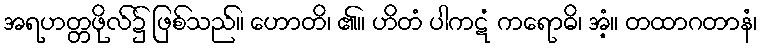
အရဟတ္တဖိုလ်၌ ဖြစ်သည်။ ဟောတိ၊ ၏။ ဟိတံ ပါကဋံ ကရောဓိ၊ အံ့။ တထာဂတာနံ၊